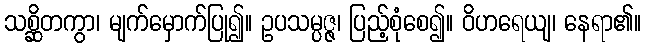
သစ္ဆိတကွာ၊ မျက်မှောက်ပြု၍။ ဥပသမ္ပဇ္ဇ၊ ပြည့်စုံစေ၍။ ဝိဟရေယျ၊ နေရာ၏။